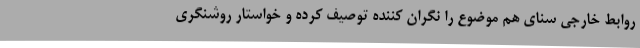
روابط خارجی سنای هم موضوع را نگران کننده توصیف کرده و خواستار روشنگری